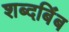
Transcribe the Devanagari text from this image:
शब्दबिंब